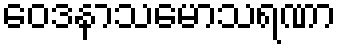
ဝေဒနာသမောသရဏာ